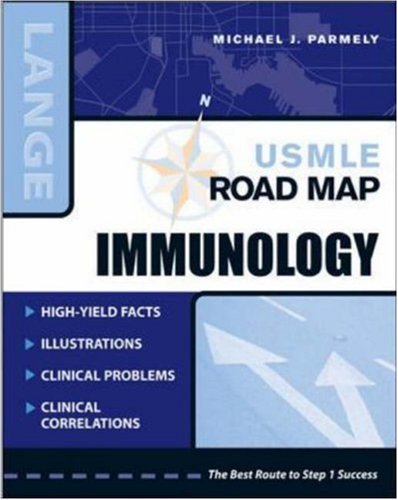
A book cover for USMLE Road Map: Immunology (LANGE USMLE Road Maps); Michael Parmely; Medical Books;